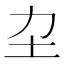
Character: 𡉂